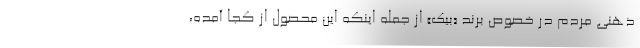
ذهنی مردم در خصوص برند «بیک» از جمله اینکه این محصول از کجا آمده،